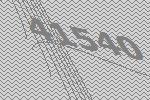
41540